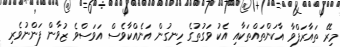
މިރޭ ތައާރަފްވާ އާކަންތައްތަކާއި އެކު ވަގުތުގެ ހިނގުން އަނެއްކާވެސް އަވަސްވެ ޒުވާން ފަންނުވެރި